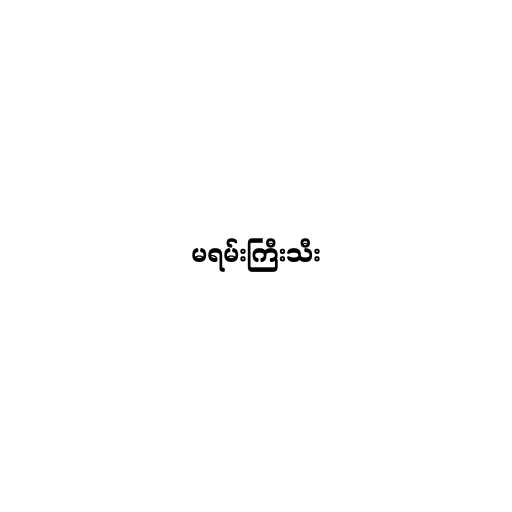
မရမ်းကြီးသီး